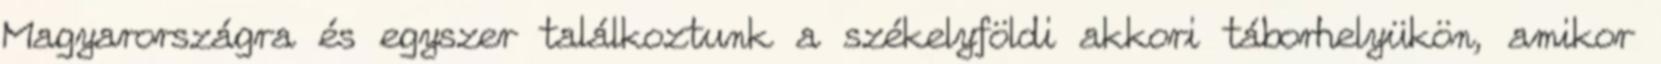
Magyarországra és egyszer találkoztunk a székelyföldi akkori táborhelyükön, amikor